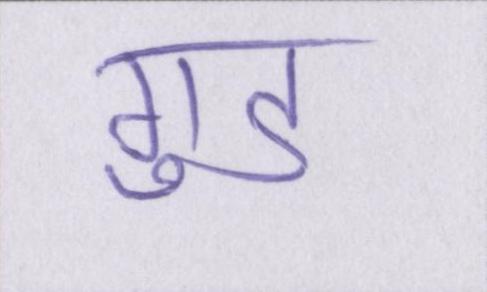
गुड